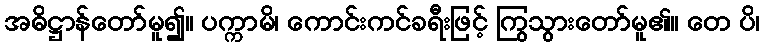
အဓိဋ္ဌာန်တော်မူ၍။ ပက္ကာမိ၊ ကောင်းကင်ခရီးဖြင့် ကြွသွားတော်မူ၏။ တေ ပိ၊